Vabadussoja_Ajaloo_Komitee, lk 5
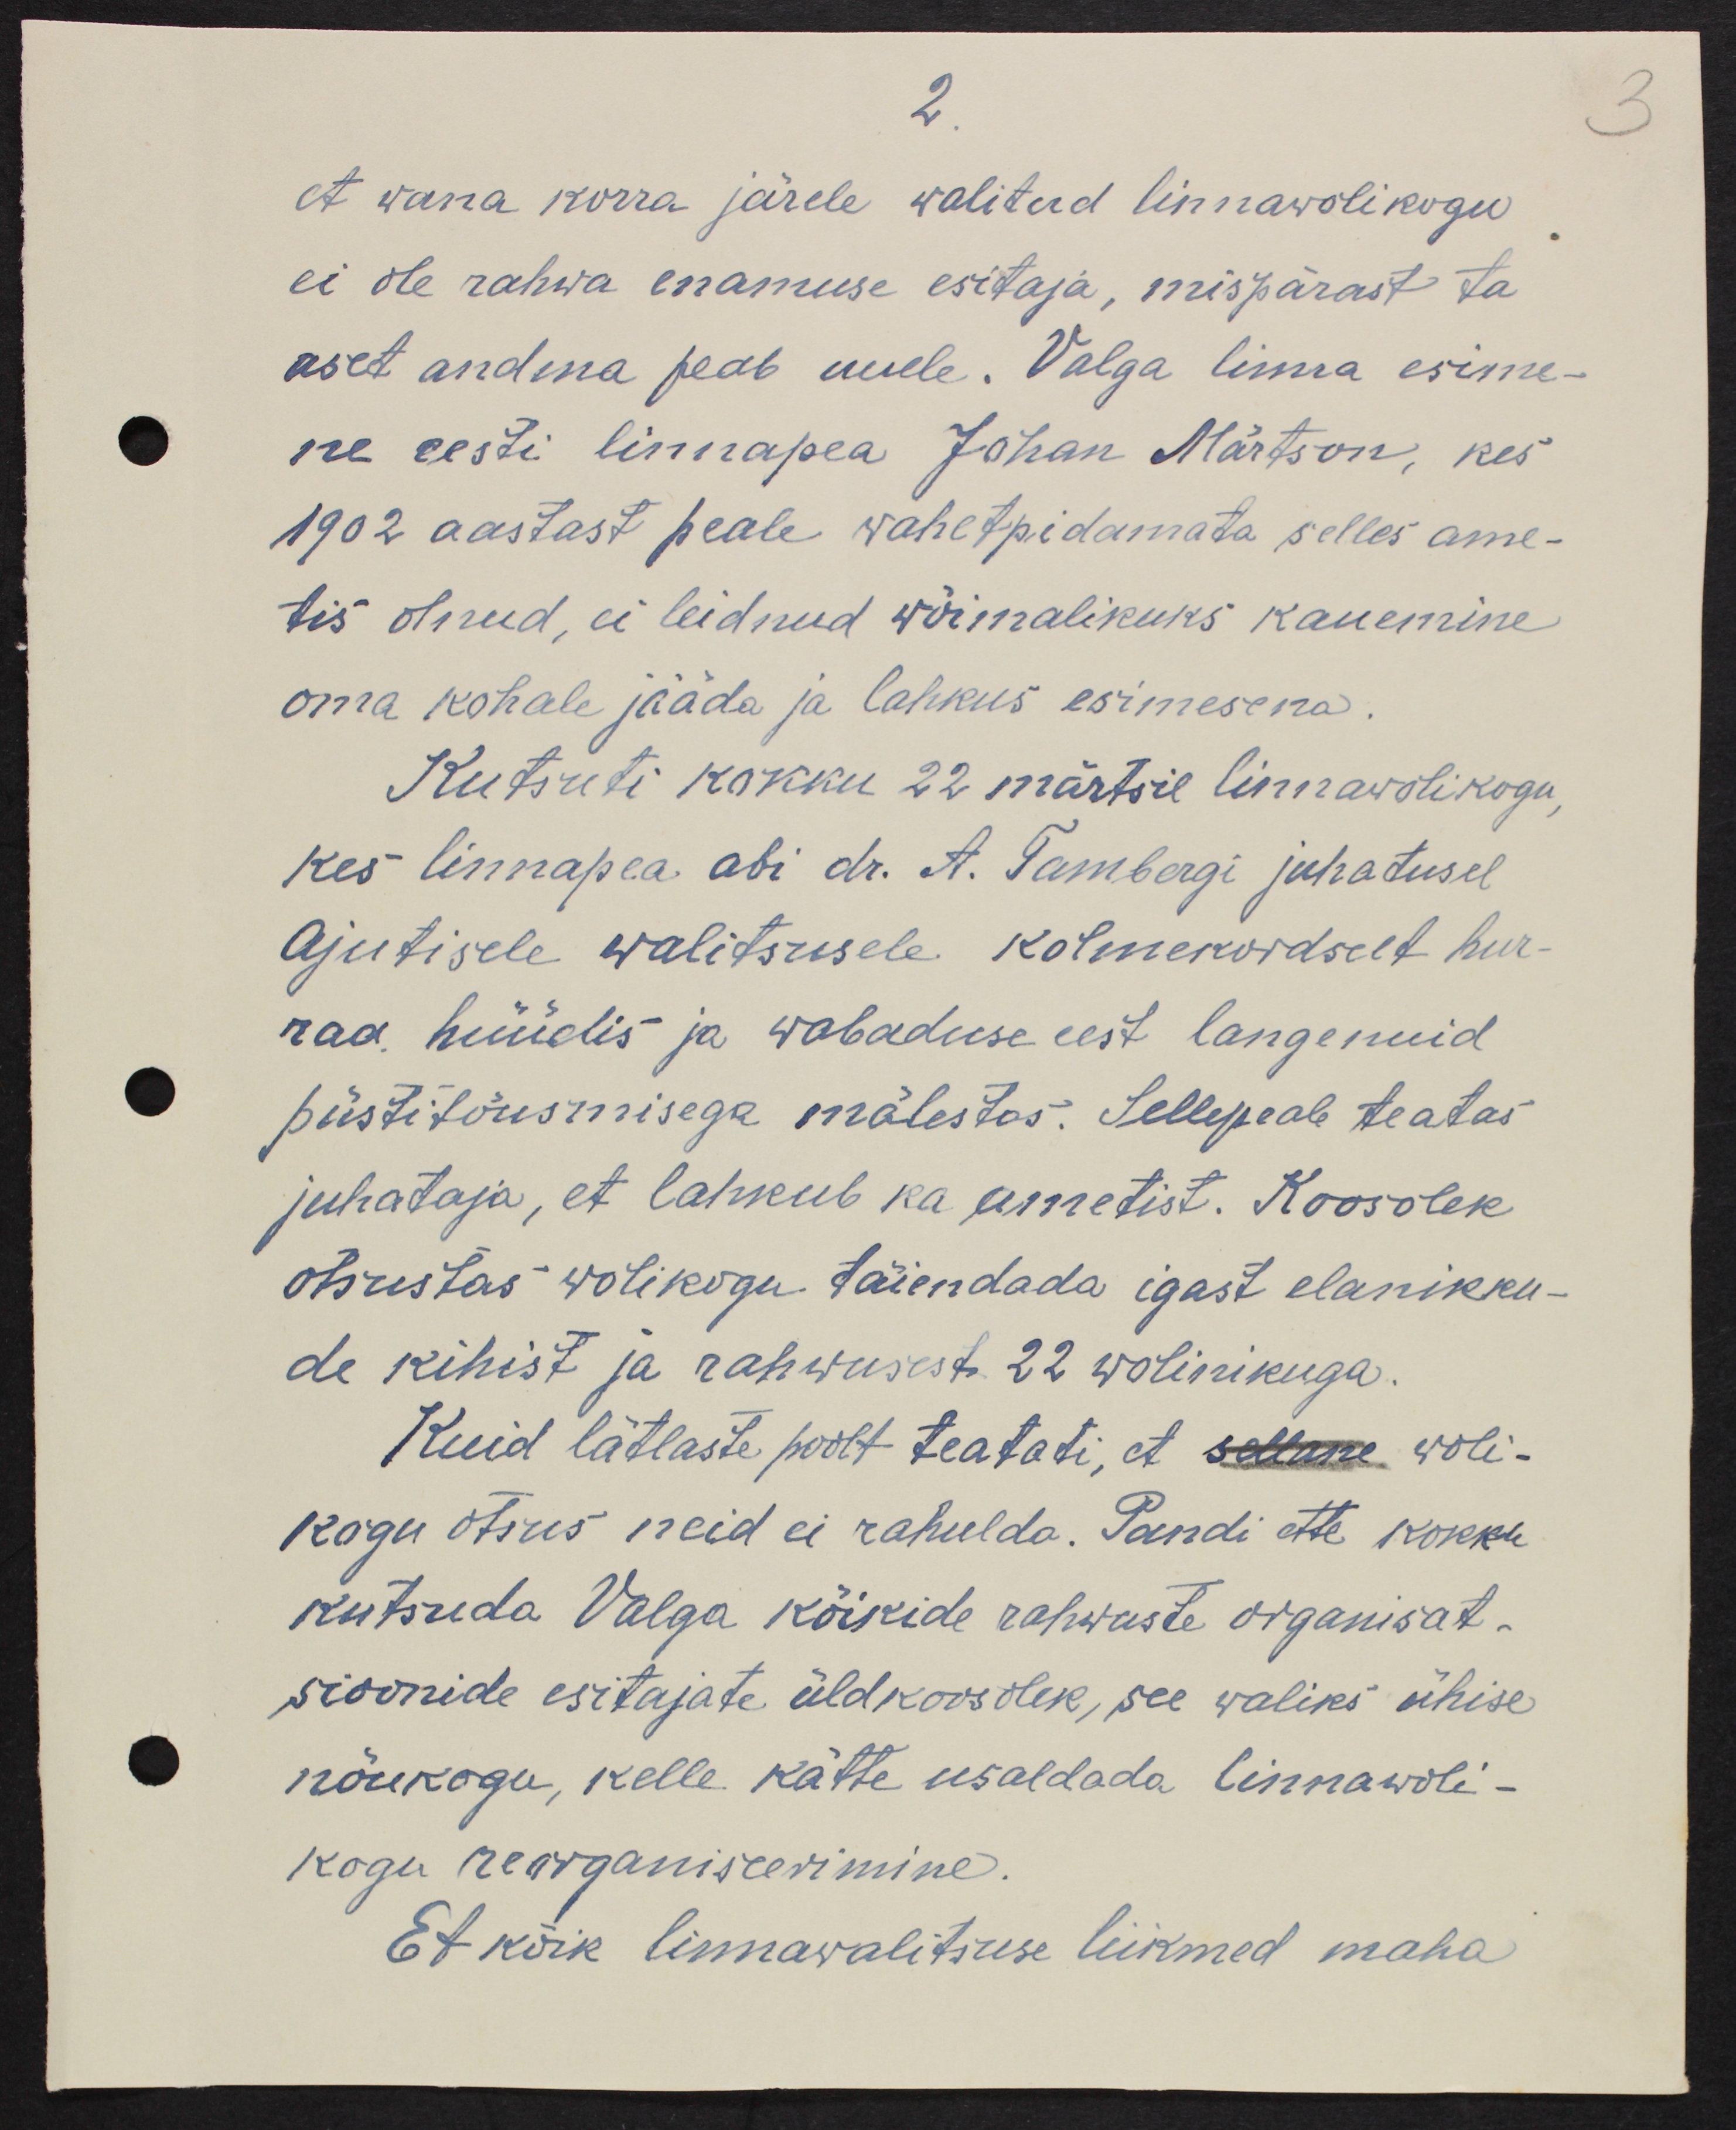
2
et wana korra järele walitud linnawolikogu
ei ole rahwa enamuse esitaja, mispärast ta
aset andma peab uuele. Valga linna esime-
ne eesti linnapea Johan Märtson, kes
1902 aastast peale wahetpidamata selles ame-
tis olnud, ei leidnud wõimalikuks kauemine
oma kohale jääda ja lahkus esimesena.
Kutsuti kokku 22. märtsil linnawolikogu
kes linnapea abi dr. A Tambergi juhatusel
Ajutisele Walitsusele kolmekordselt hur-
raa hüüdis ja wabaduse eest langenuid
püstitõusmisega mälestas. Sellepeale teatas
juhataja, et lahkub ka ametist. Koosolek
otsustas wolikogu täiendada igast elanikku-
de kihist ja rahwusest 22 wolinikuga.
Kuid lätlaste poolt teatati, et sellane woli-
kogu otsus neid ei rahulda. Pandi ette kokku
kutsuda Valga kõikide rahwuste organisat-
sioonide esitajate üldkoosolek, see waliks ühise
nõukogu, kelle kätte usaldada linnawoli-
kogu reorganiseerimine.
Et kõik linnawalitsuse liikmed maha